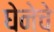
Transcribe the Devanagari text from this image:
घेनेचे